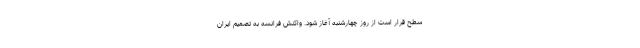
سطح قرار است از روز چهارشنبه آغاز شود. واکنش فرانسه به تصمیم ایران